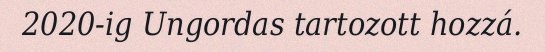
2020-ig Ungordas tartozott hozzá.